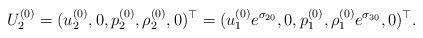
LaTeX: \begin{align*}{U}_2^{(0)}=({u}_2^{(0)},0,{p}_2^{(0)},{\rho}_2^{(0)},0)^\top=({u}_1^{(0)} e^{\sigma_{20}},0,{p}_1^{(0)},{\rho}_1^{(0)} e^{\sigma_{30}},0)^\top.\end{align*}